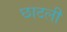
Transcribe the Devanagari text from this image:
छाटली